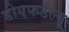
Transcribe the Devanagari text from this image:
डीएफडल्‍यू